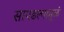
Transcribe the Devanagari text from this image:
सापडल्यामुळं